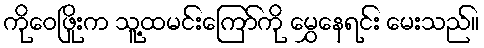
ကိုဝေဖြိုးက သူ့ထမင်းကြော်ကို မွှေနေရင်း မေးသည်။